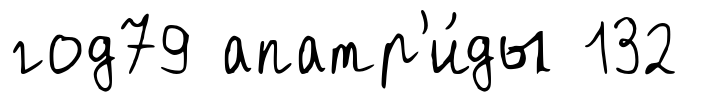
год79 апатр'и́ды 132